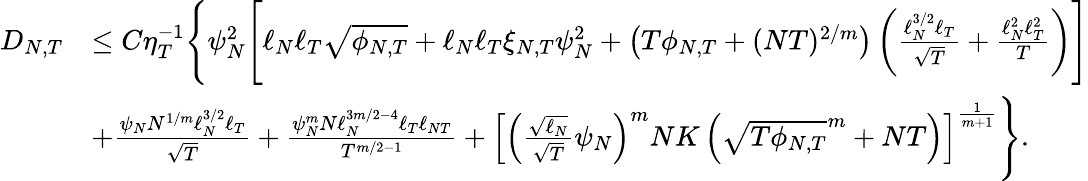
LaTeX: \begin{array}{rl}{{D_{N,T}}}&{\leq C\eta_{T}^{-1}\Bigg\{ \psi_{N}^{2}\Bigg[\ell_{N}\ell_{T}\sqrt{\phi_{N,T}}+\ell_{N}\ell_{T}\xi_{N,T}\psi_{N}^{2}+\left(T\phi_{N,T}+(NT)^{2/m}\right)\left(\frac{\ell_{N}^{3/2}\ell_{T}}{\sqrt{T}}+\frac{\ell_{N}^{2}\ell_{T}^{2}}{T}\right)\Bigg]}\\ &{+\frac{\psi_{N}N^{1/m}\ell_{N}^{3/2}\ell_{T}}{\sqrt{T}}+\frac{\psi_{N}^{m}N\ell_{N}^{3m/2-4}\ell_{T}\ell_{NT}}{T^{m/2-1}}+\left[\left(\frac{\sqrt{\ell_{N}}}{\sqrt{T}}\psi_{N}\right)^{m}NK\left(\sqrt{T\phi_{N,T}}^{m}+NT\right)\right]^{\frac{1}{m+1}}\Bigg\} .}\end{array}